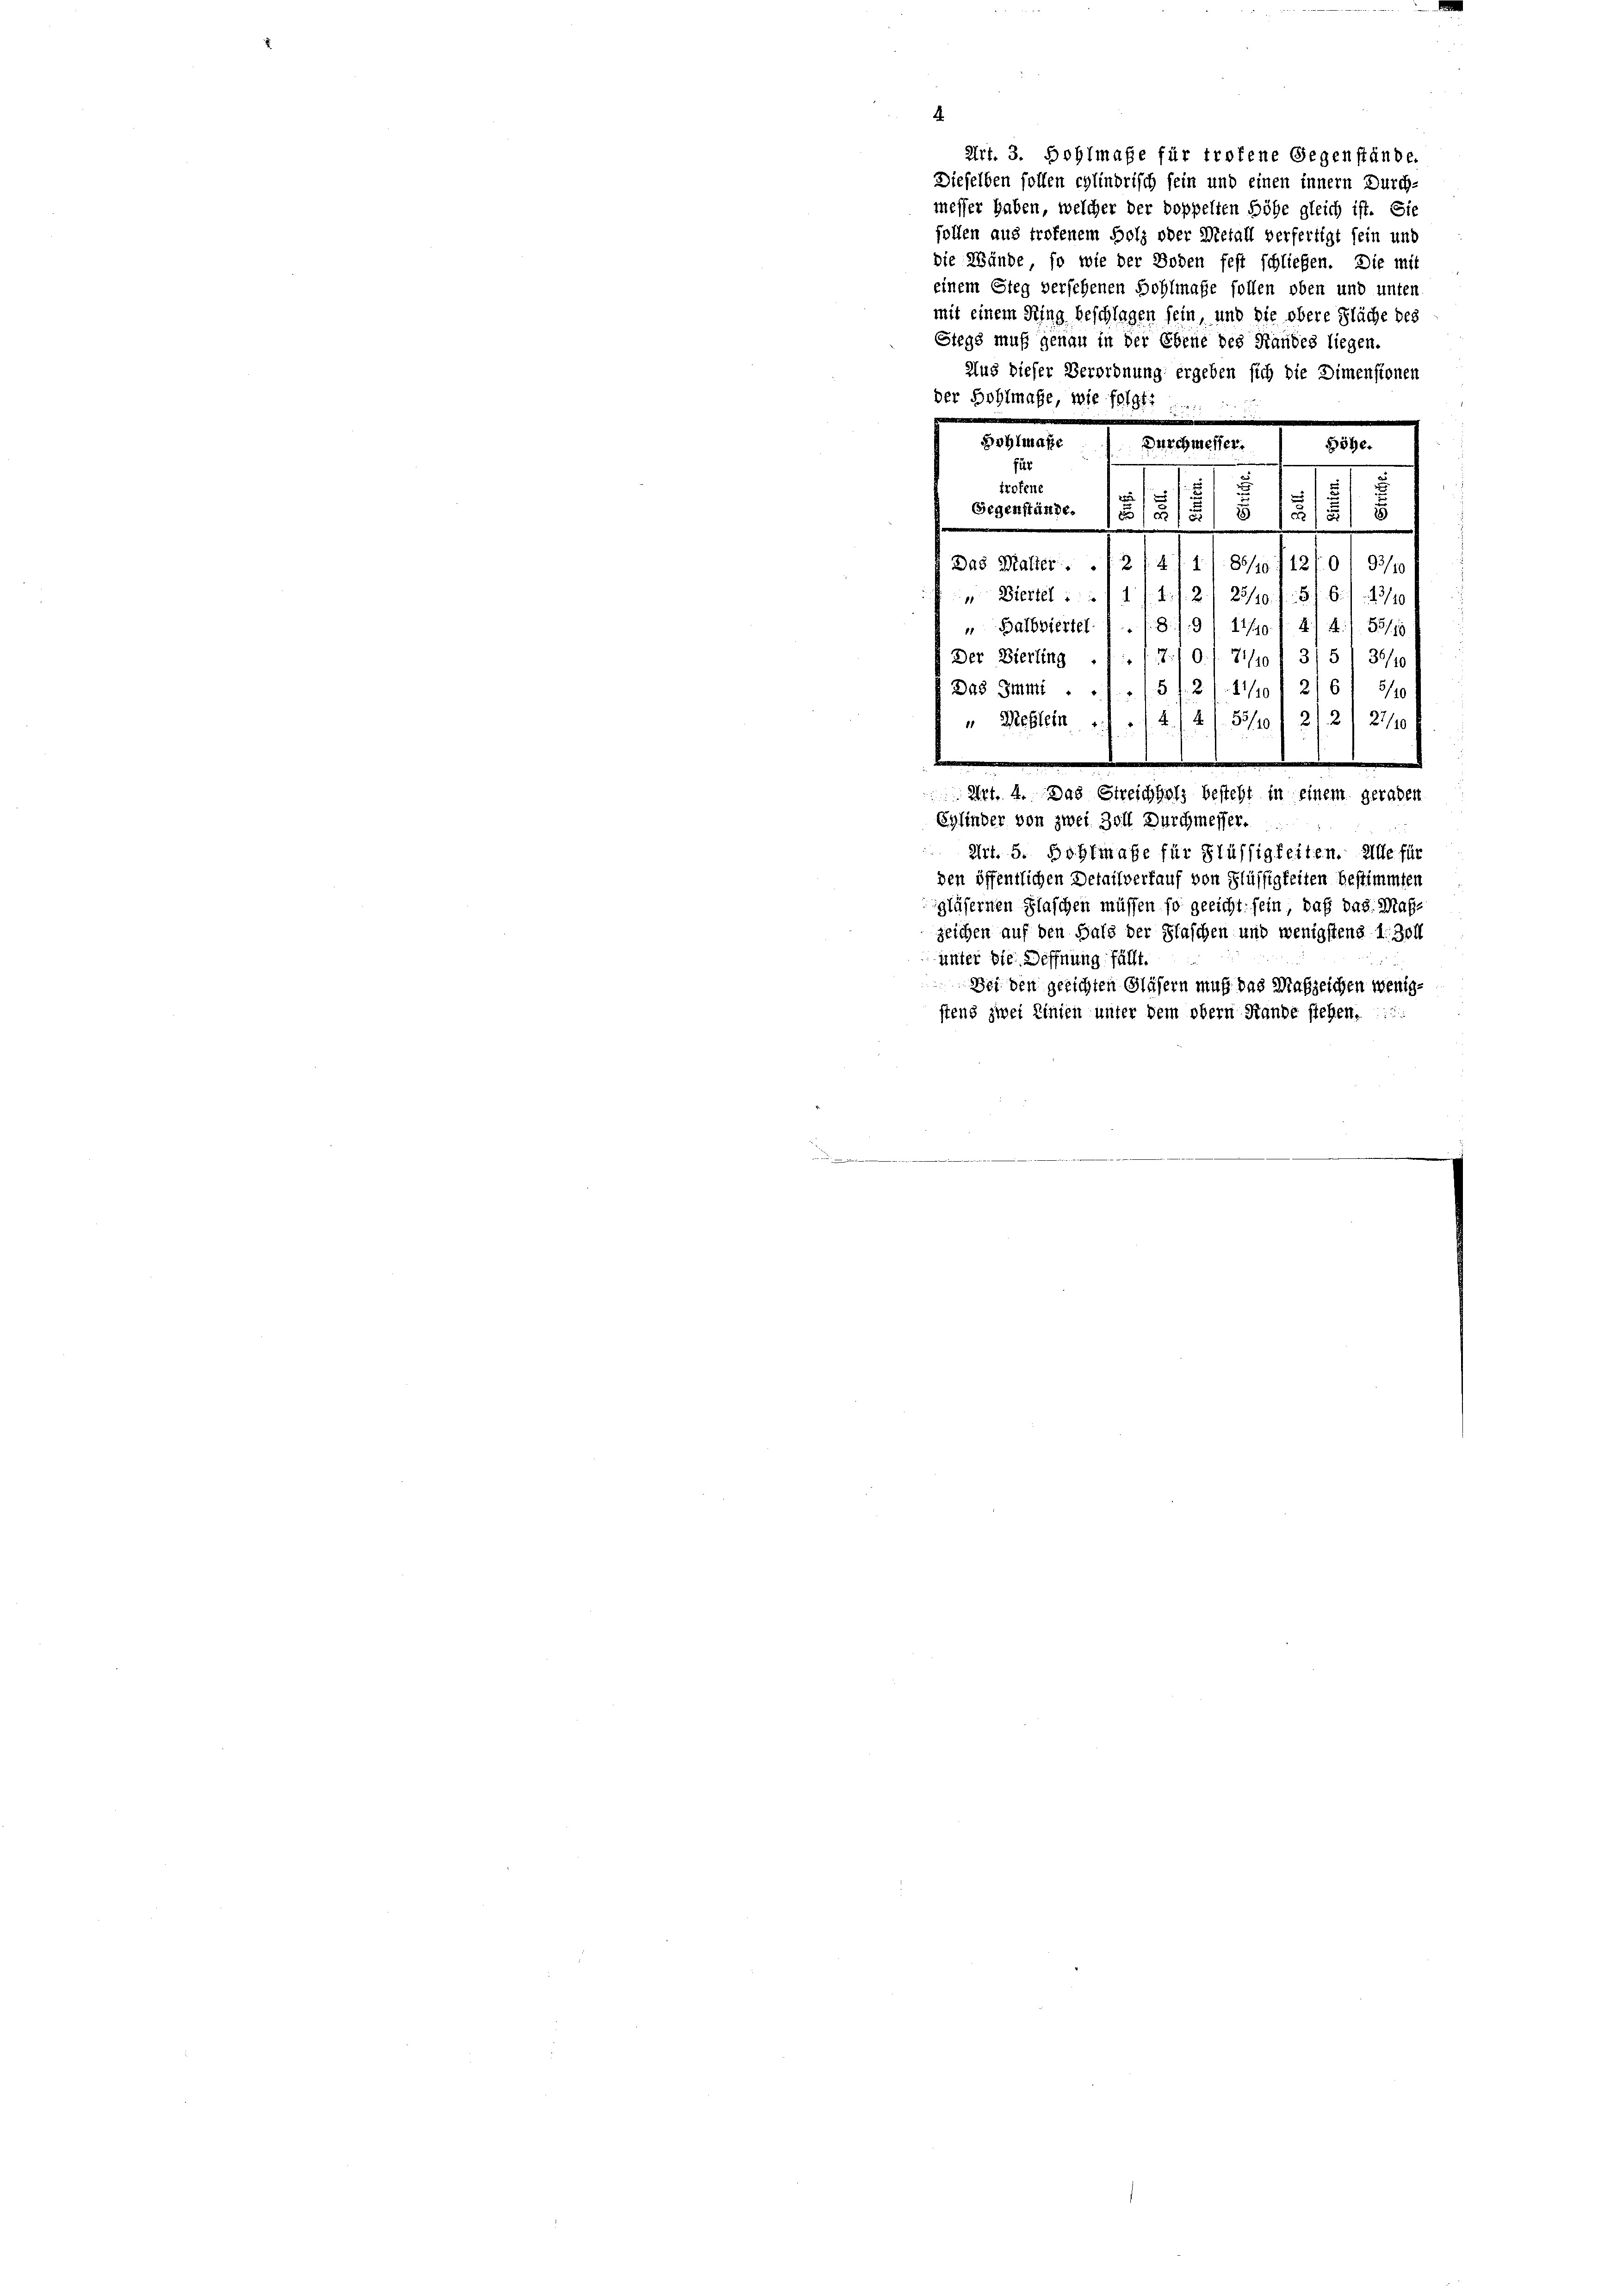
.
Art. 3. Hohlmaße für trotene Gegenstände.
Dieselben sollen cylindrisch sein und einen innern Durch-
messer haben, welcher der doppelten Höhe gleich ist. Sie
follen aus trofenem Holz oder Metall verfertigt sein und
die Wände, so wie der Boden fest schließen. Die mit
einem Steg versehenen Bohlmaße sollen oben und unten
mit einem Ring beschlagen sein, und die obere Fläche des
Stegs muß genau in der Ebene des Handes liegen.
Aus dieser Verordnung ergeben sich die Dimenstonen
der Hohlmaße, wie folgt ........
Hohlmane Durchmesser.
Böhe.
für
trofene
101
.
1
n
Gegenstände.
)
8/5/5/ 8
2
Das Malter . . 1 2/4 11/ 881. /12/01 93/10
 Biettel    1. 472./ 25/10. f. 5/6./ 19/10
„ Balbviertel . . . 8./9/ 11/90 f. 4, 4./. 535/10
18.
0./71/10
3/5 1 3/10
Der Bierling
Das Immi
15 f 21 21/10 f 2/6) 810
„ Westein . . 441. 55/) 212, 27/10
e
 Art. 4. Das Streichholz besteht in einem geraden
Sylinder von zwei Zoll Durchmesser.
 Art. 5. Boslmaße für Flüssigkeiten. Alle für
den öffentlichen Detailverkauf von Flüssigkeiten bestimmten
gläsernen Flaschen müssen so gericht sein, daß das Maßzeichen auf den Hals der Flaschen und wenigstens 1. Zoll
unter die Deffnung fällt.
Bei den gerichten Gläsern muß das Mafzeichen wenigstens zwei Linien unter dem obern Stande stehen.
1